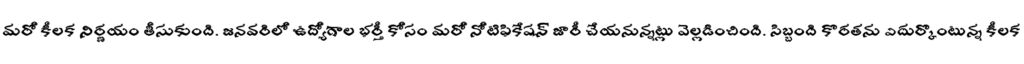
మరో కీలక నిర్ణయం తీసుకుంది. జనవరిలో ఉద్యోగాల భర్తీ కోసం మరో నోటిఫికేషన్ జారీ చేయనున్నట్లు వెల్లడించింది. సిబ్బంది కొరతను ఎదుర్కొంటున్న కీలక